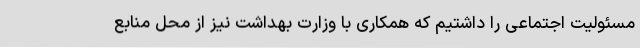
مسئولیت اجتماعی را داشتیم که همکاری با وزارت بهداشت نیز از محل منابع